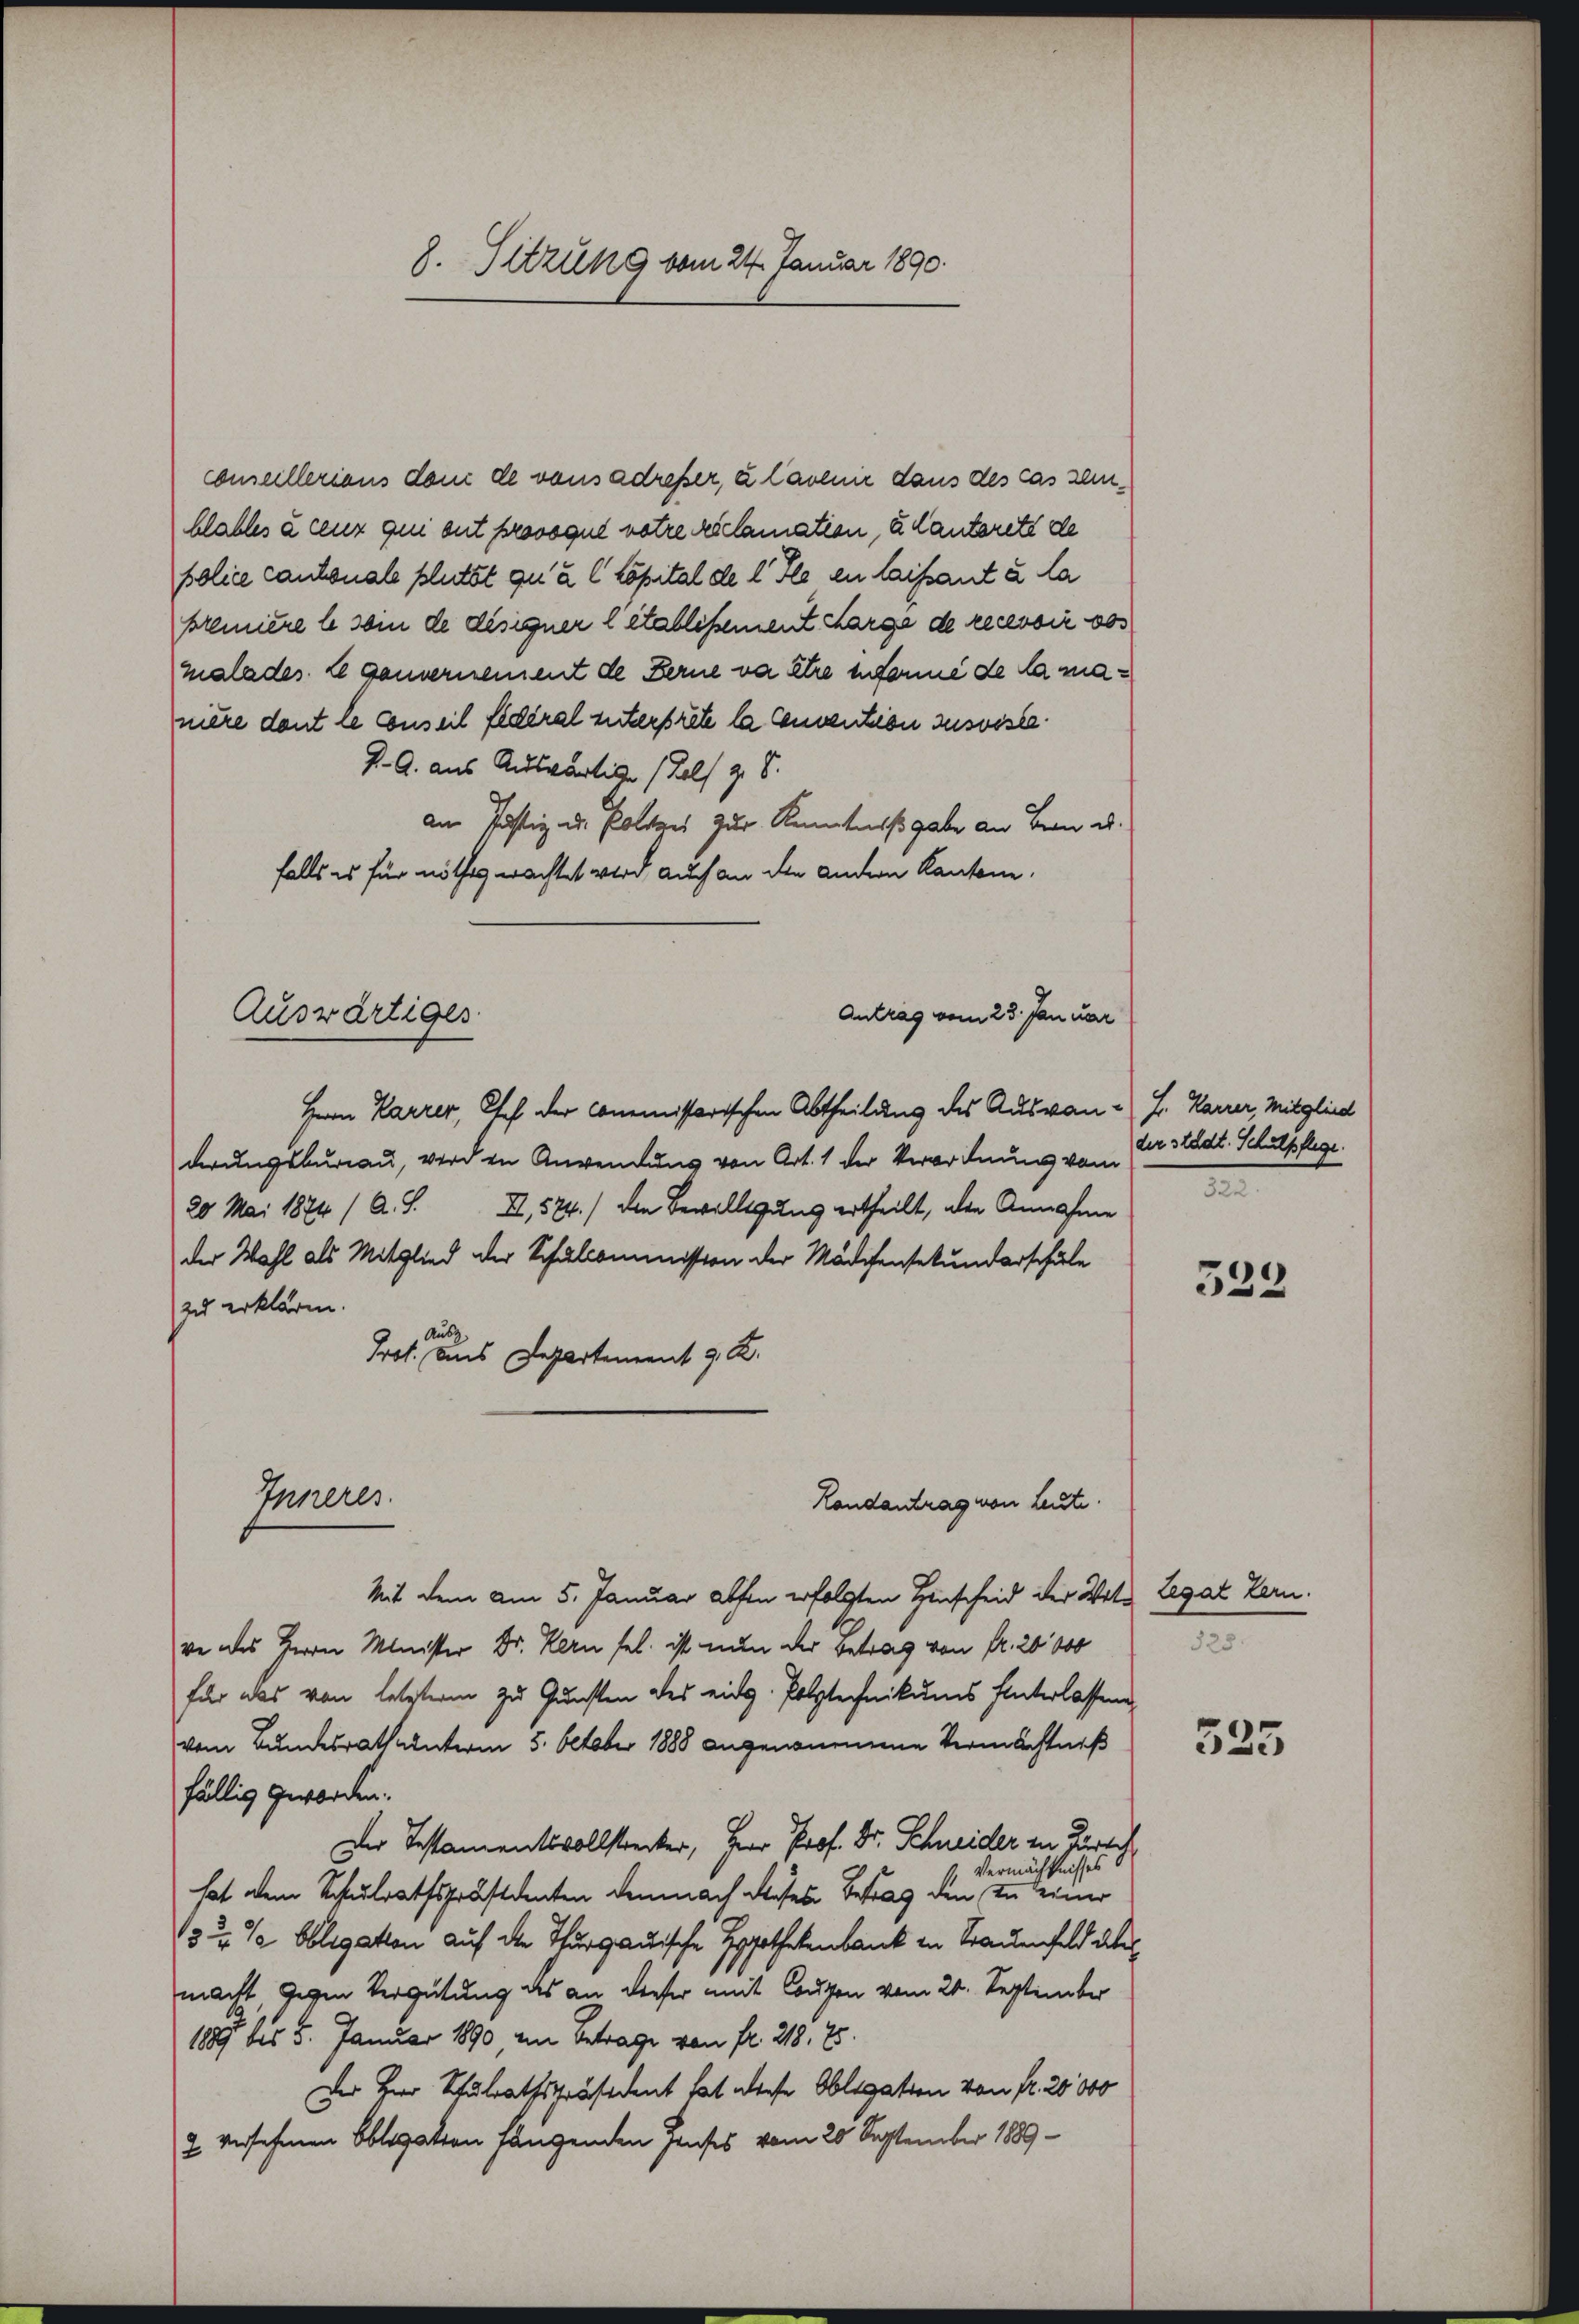
Auswärtiger

conseilleriens dem de vons adreser, à lavenir dans des cas seinhlables à ceux qui ont provoque notre réclamation, u. Mantereté de
police cantonale plutbt qu’à l Kapital de l. Fle en laissant à la
première le sein de désigner l établissement Karge de recessir dos
malades 2 gannernement de Ferne va être enforme de la manière dant le conseil fédéral untertrete la Convention zusviste
J. A. aus Auswärtige (Rolf v. 8.
am Justiz u. Polizei zur Kenntnißgabe an Bern al
falls es für nöthig wachtet wird, auch an die andern Kantone.
Hern Karrer, Chef der Commissarischen Abtheilung des Auswan L. Karrer, Mitglied
derungsbureau, werden Anwendung von Art. 1 der Verordnung vom Er städt. Schulpflege.
20 Mai 1874 (A. S. II, 524.) den Bewilligung ertheilt, alle Annahme
der Wahl als Mitglied der Schalcommission der Mädchensekundarschule
zu erklären.
Prot. das Departement 92.
Inneres
Randantrag von Leute.
Mit dem am 5. Januar alten erfolgten Hinscheid der Vater Legat Zern.
ve des Herrn Minister Dr. Kern sel. ist nun der Betrag von Fr. 20000
für das von letzterm zu Gunsten des eidg. Polytechnikums hinterlassen
vom Bundesrath unterm 5. October 1888 angenommene Vermächtniß
fällig geworden.
Der Testamentsvollstrecker, Herr Prof. Dr. Schneider in Parte
Vermächtnisses
hat dem Schulrathspräsidenten demnach dieses Betrag den in einer
3 4 % Obligation auf der Thurgauische Hypothekenbank in Frauenfeld aber
macht gegen Vergütung des an dieser mit Conzen vom 20. September
1889 bis 5. Januar 1890 in Betrage von fr. 218, 25.
Der Herr Schulrathspräsident hat diese Obligatten von fr. 20000
2 versehenen Obligation hängenden Hauses vom 20 September 1889

8. Sitzung vom 24. Januar 1890.

Antrag vom 23. Januar

a

533

328.

f
¬

325